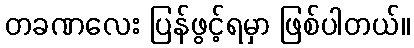
တခဏလေး ပြန်ဖွင့်ရမှာ ဖြစ်ပါတယ်။